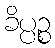
ခိပ္ပဉ္စ